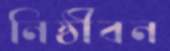
নিষ্ঠীবন